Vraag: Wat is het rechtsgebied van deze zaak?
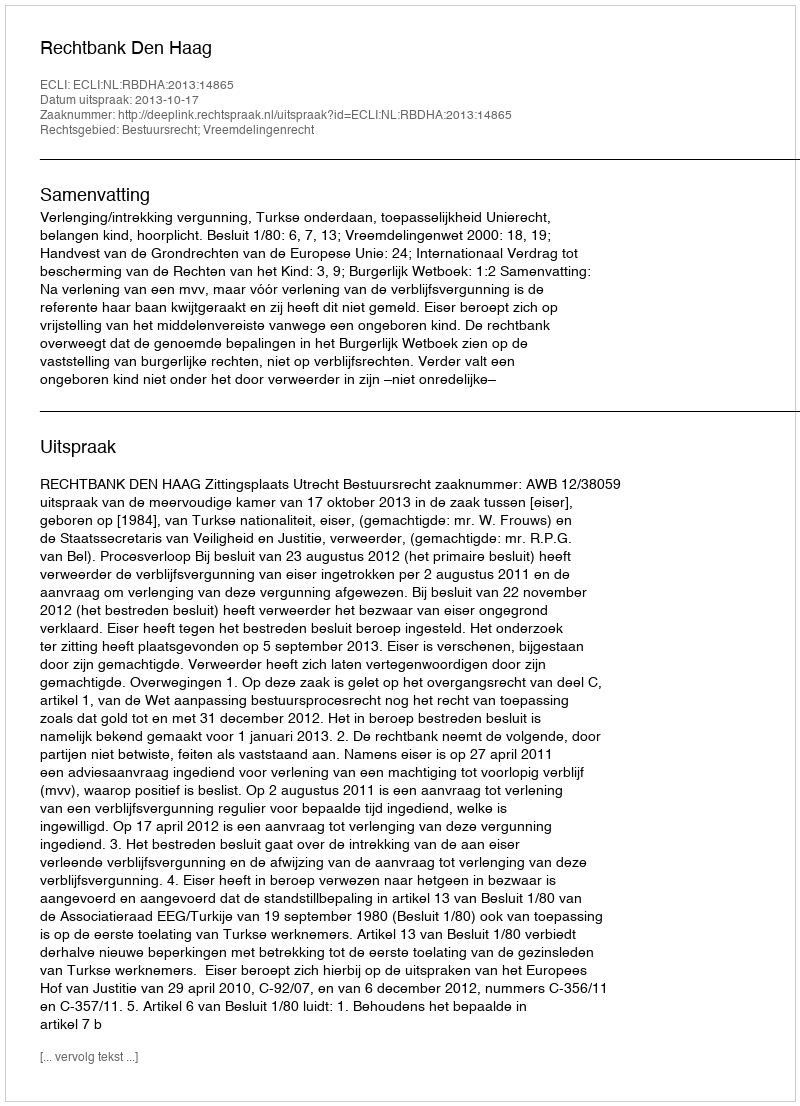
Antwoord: Bestuursrecht; Vreemdelingenrecht